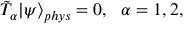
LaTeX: \tilde { T } _ { \alpha } | \psi \rangle _ { p h y s } = 0 , \, \, \, \, \alpha = 1 , 2 ,